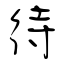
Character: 待